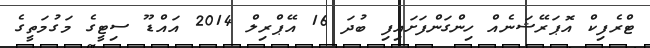
ޓްރެފިކް އޮޕަރޭޝަނެއް ހިންގަންފަށައިފި ބުދަ 16 އޭޕްރިލް 2014 އައްޑޫ ސިޓީގެ މަގުމަތީގެ